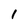
Character: 1